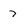
Character: 7